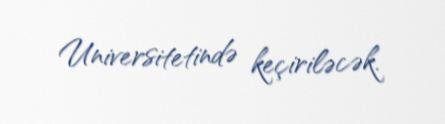
Universitetində keçiriləcək.